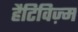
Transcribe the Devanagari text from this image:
हैटिविज़्म